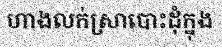
ហាងលក់ស្រាបោះដុំក្នុង